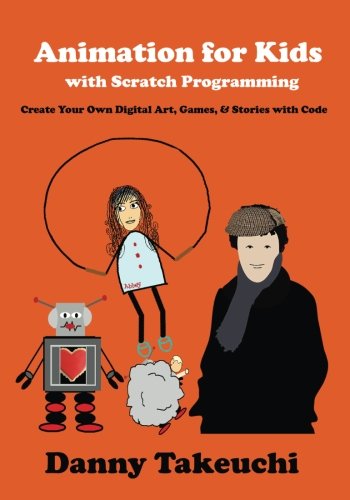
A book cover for Animation for Kids with Scratch Programming: Create Your Own Digital Art, Games, and Stories with Code; Danny J Takeuchi; Teen & Young Adult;